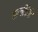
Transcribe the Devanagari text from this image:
हस्तीदेवी